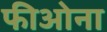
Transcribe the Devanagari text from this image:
फीओना